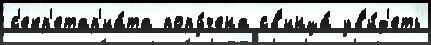
с'екр'етар'иа́та пору́чена св'инца́ ув'и́д'еть